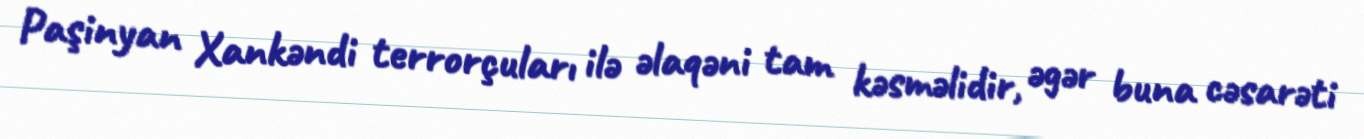
Paşinyan Xankəndi terrorçuları ilə əlaqəni tam kəsməlidir, əgər buna cəsarəti